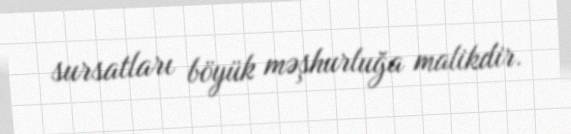
sursatları böyük məşhurluğa malikdir.